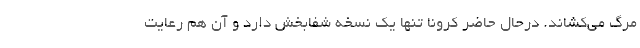
مرگ می‌کشاند. درحال حاضر کرونا تنها یک نسخه شفابخش دارد و آن هم رعایت